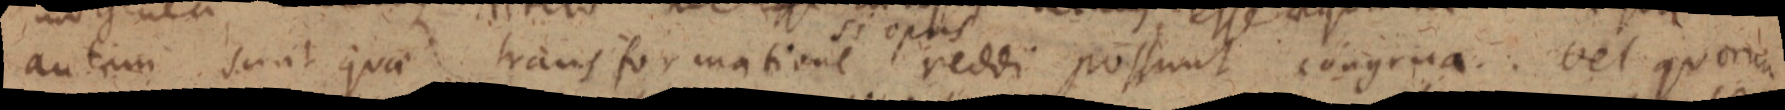
autem sunt quae transformatione reddi possunt congrua. vel quorum